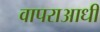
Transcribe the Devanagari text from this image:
वापराआधी